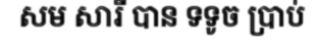
សម សារី បាន ទទូច ប្រាប់